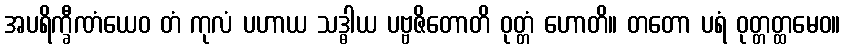
အပရိက္ခီဏံယေဝ တံ ကုလံ ပဟာယ သဒ္ဓါယ ပဗ္ဗဇိတောတိ ဝုတ္တံ ဟောတိ။ တတော ပရံ ဝုတ္တတ္ထမေဝ။